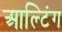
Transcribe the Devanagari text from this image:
आल्टिंग